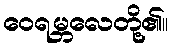
ဝေရမ္ဘလေတို့၏။